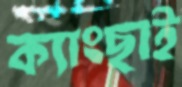
ক্যাংছাই